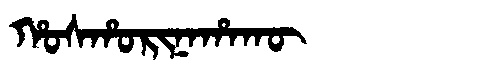
Manchu: ᡥᠣᠰᡥᠣᡵᡳᠨᠠᡥᠠᡴᡡ
Romanization: HOSHORINAHAKŪ